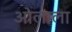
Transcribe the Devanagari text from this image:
ओलाला